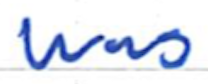
Text: was
Cross-out: clean
Writing tool: ballpoint